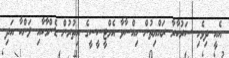
އެއީ ދިވެހި ސަރުކާރާ ރައްޔިތުން ހިއްސާވާ އެމްޓީސީސީގެ އިތުުރުން ޑެންމާކާއި ލަންކާ އަދި